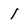
Character: I